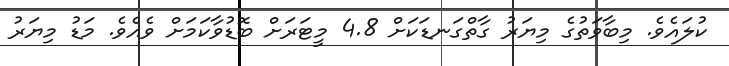
ކުލައެވެ. މިބާވަތުގެ މިޔަރު ގާތްގަނޑަކަށް 4.8 މީޓަރަށް ބޮޑުވާކަމަށް ވެއެވެ. މަޑު މިޔަރު